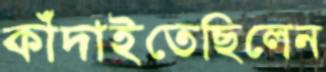
কাঁদাইতেছিলেন